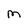
Character: M